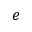
e